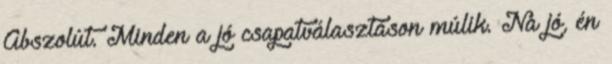
Abszolút. Minden a jó csapatválasztáson múlik. Na jó, én